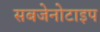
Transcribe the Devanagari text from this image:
सबजेनोटाइप